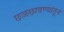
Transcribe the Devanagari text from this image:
छळछावण्यांतून